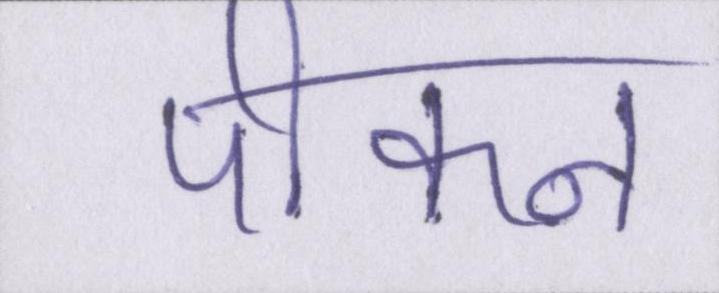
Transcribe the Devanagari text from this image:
पीकन